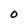
Character: O